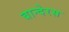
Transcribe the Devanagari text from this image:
बान्देरस